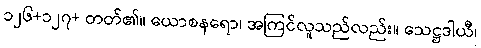
၁၂၆+၁၂၇+ တတ်၏။ ယောစနရော၊ အကြင်လူသည်လည်း။ သေဋ္ဌဒါယီ၊